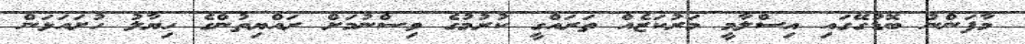
މާފަންނު ބޮޑުގޭގައި އިސްލާމީ މަރުކަޒެއް ތަރައްގީ ކުރުމުގެ ވިސްނުމަށް ރައްޔިތުންގެ ހިޔާލު ހުށައަޅަން